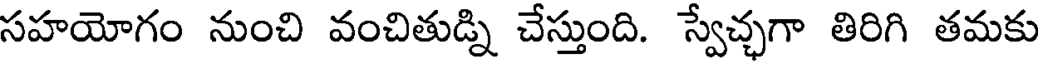
సహయోగం నుంచి వంచితుడ్ని చేస్తుంది. స్వేచ్ఛగా తిరిగి తమకు